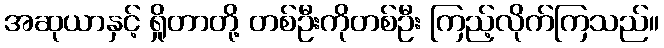
အဆုယာနှင့် ရှိုတာတို့ တစ်ဦးကိုတစ်ဦး ကြည့်လိုက်ကြသည်။